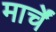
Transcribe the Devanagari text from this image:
मार्चें